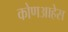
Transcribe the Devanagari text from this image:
कोणआहेस